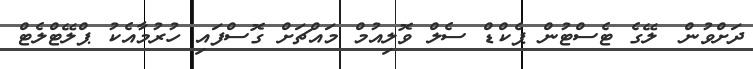
ދަށްވުން 	ލޭގެ ޓެސްޓުން ޕެކްޑް ސެލް ވޮލިއުމް މައްޗަށް ގޮސްފައި ހުރުމާއެކު ޕްލޭޓްލެޓް